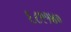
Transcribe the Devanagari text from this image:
६८९१४०